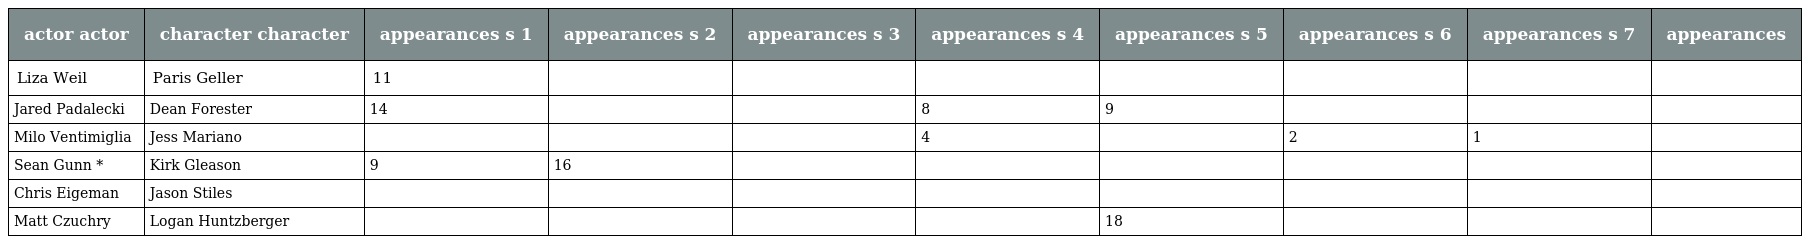
| actor actor | character character | appearances s 1 | appearances s 2 | appearances s 3 | appearances s 4 | appearances s 5 | appearances s 6 | appearances s 7 | appearances |
 | --- | --- | --- | --- | --- | --- | --- | --- | --- | --- |
 | Liza Weil | Paris Geller | 11 |  |  |  |  |  |  |  |
 | Jared Padalecki | Dean Forester | 14 |  |  | 8 | 9 |  |  |  |
 | Milo Ventimiglia | Jess Mariano |  |  |  | 4 |  | 2 | 1 |  |
 | Sean Gunn * | Kirk Gleason | 9 | 16 |  |  |  |  |  |  |
 | Chris Eigeman | Jason Stiles |  |  |  |  |  |  |  |  |
 | Matt Czuchry | Logan Huntzberger |  |  |  |  | 18 |  |  |  |